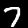
Label: 7